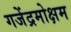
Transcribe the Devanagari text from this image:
गजेंद्रमोक्षम